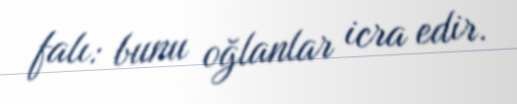
falı: bunu oğlanlar icra edir.